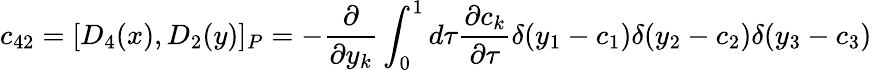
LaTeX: c_{42}=[D_{4}(x),D_{2}(y)]_{P}=-\frac{\partial}{\partial y_{k}}\int_{0}^{1}d\tau\frac{\partial c_{k}}{\partial\tau}\delta(y_{1}-c_{1})\delta(y_{2}-c_{2})\delta(y_{3}-c_{3})